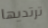
ترتديها